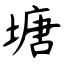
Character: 塘